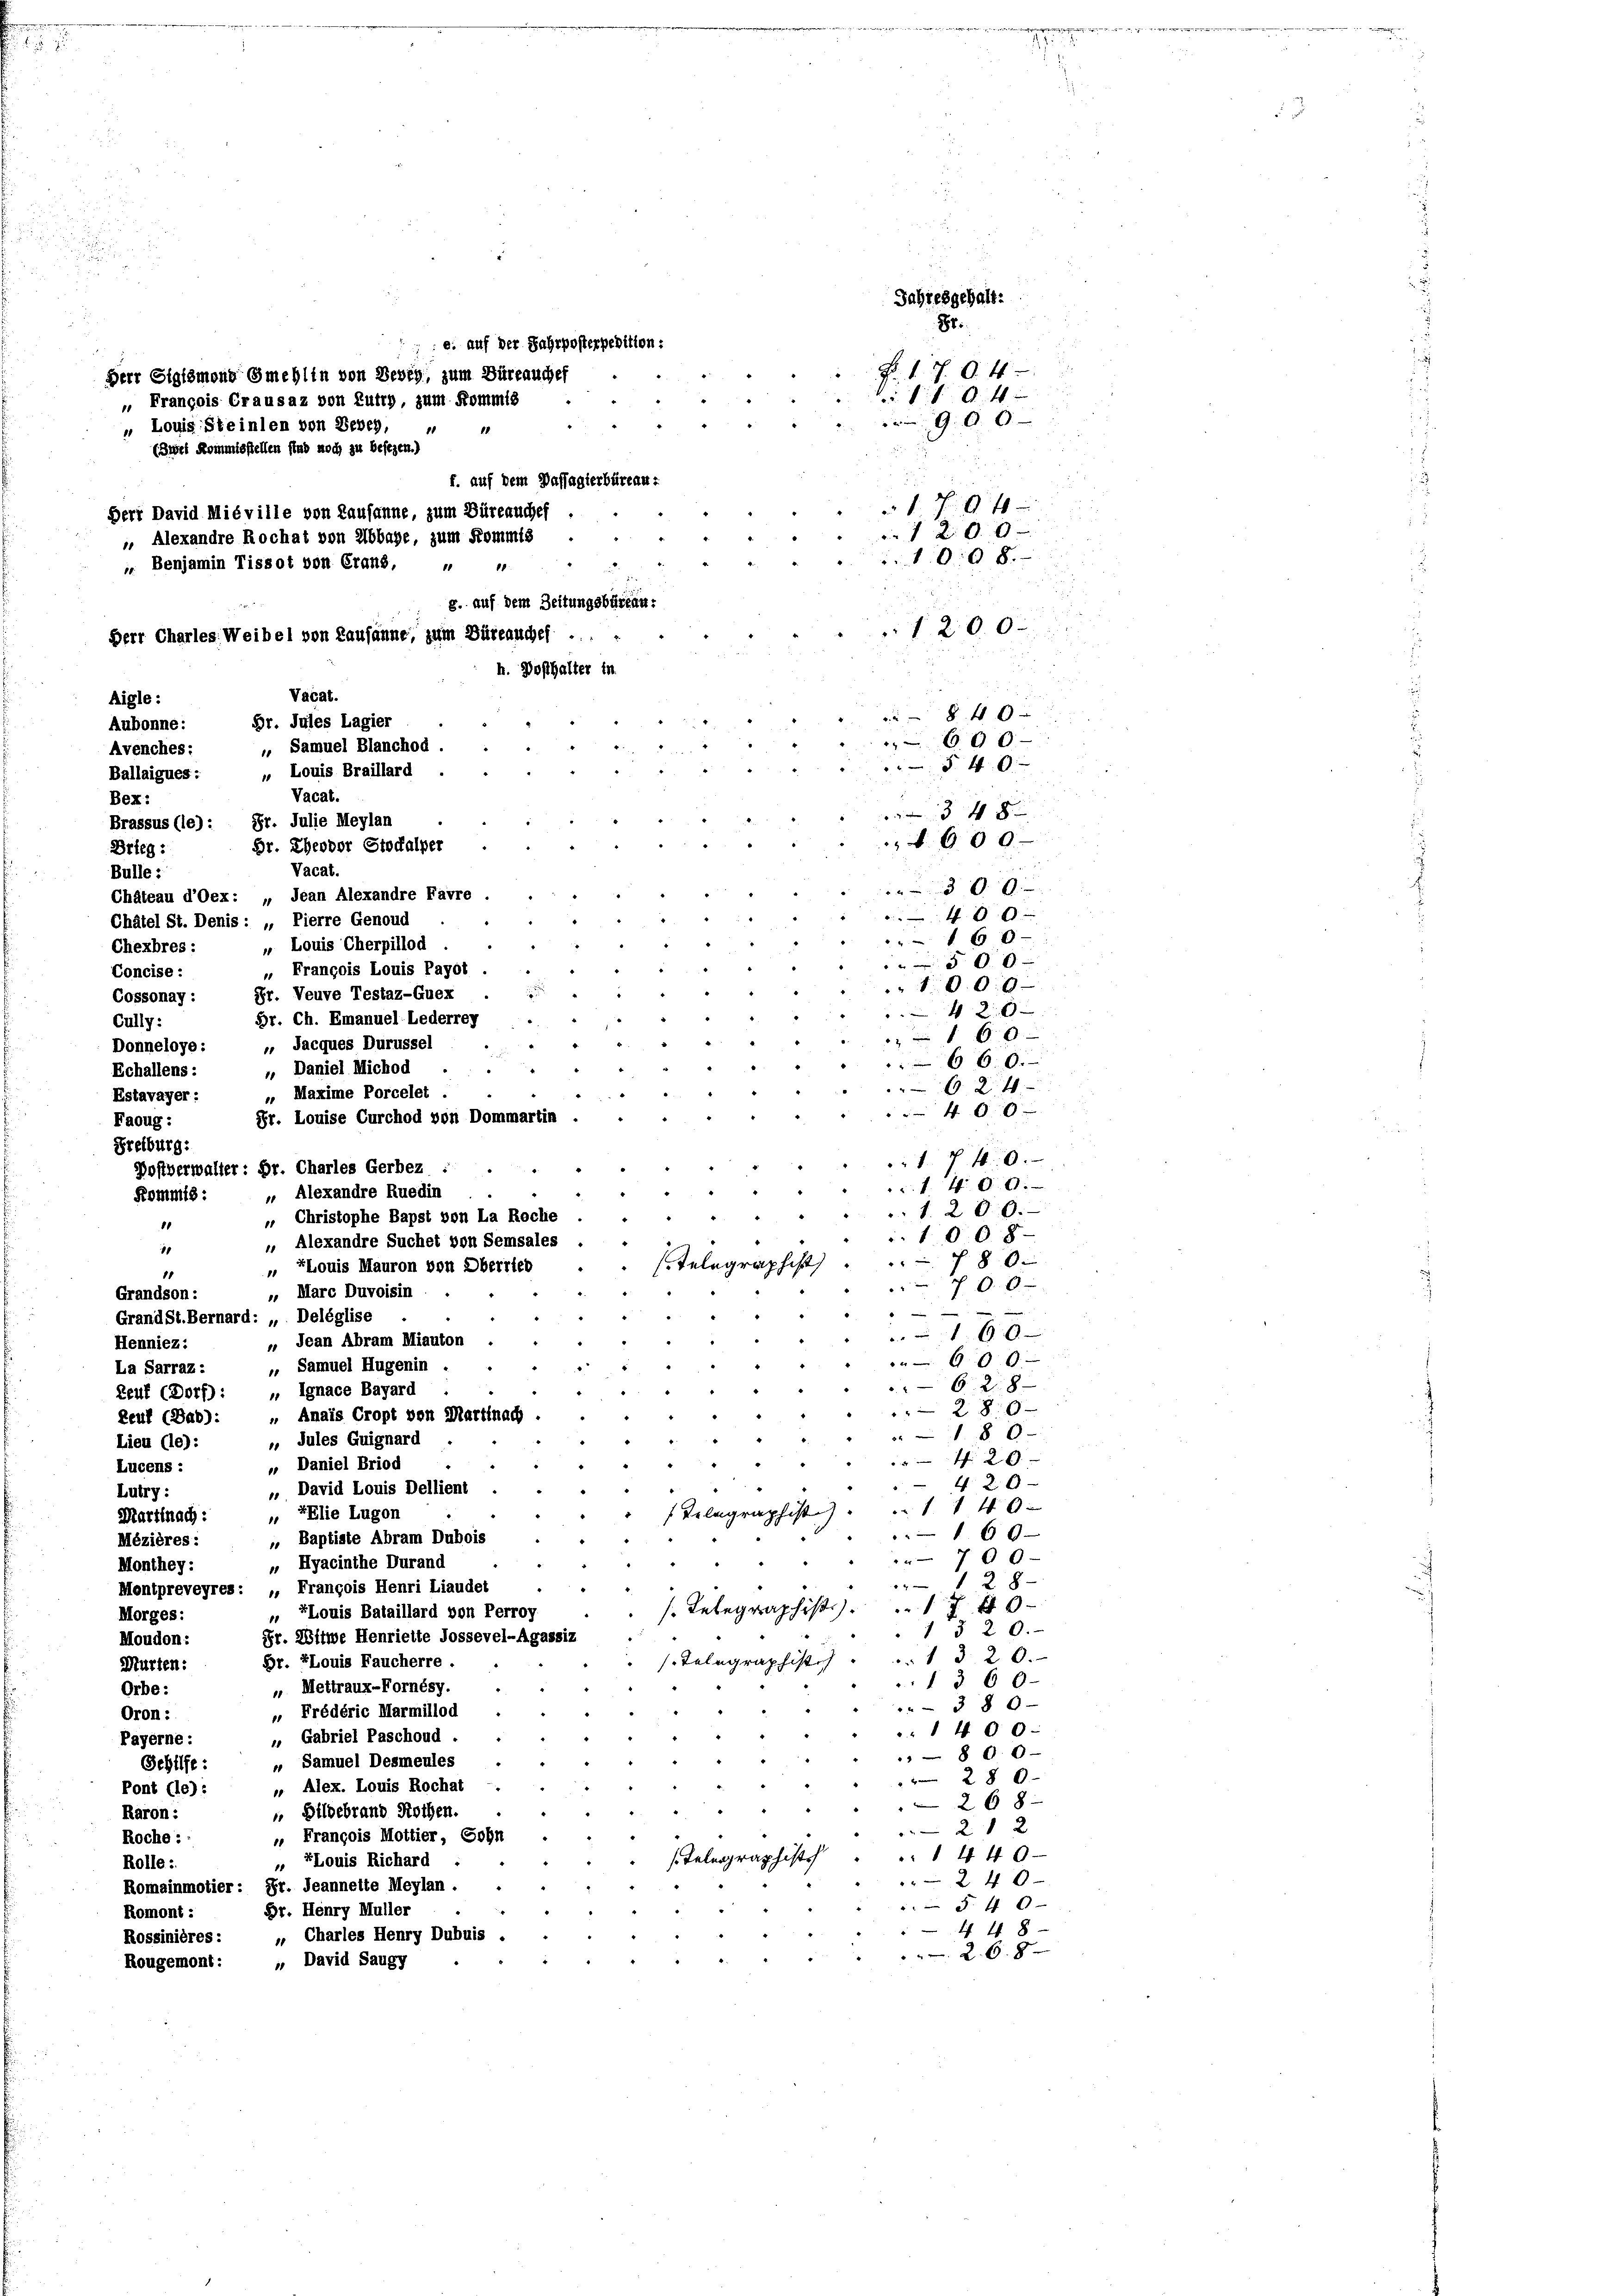
.

u
Jahresgehalt:
88:
 e. auf der Jahrposterpedition:
F. v. 7. d. 4.
Herr Sigismons Gmehlin von Bevey, zum Büreauchef
. Fs. A
 François Grausaz von Lutry zum Kommis
90.0
„ Louis Steinlen von Berey,
81
10
(Zwei Kommisstellen sind noch zu besezen.)
f. auf dem Wassagierbüreau.
1. 94
Herr David Miéville von Lausanne, zum Büreauchef
1 200
 Alexandre Rochat von Abbage, zum Kommis
1008.
 Benjamin Tissot von Grand, " "
g. auf dem Zeitungsbureau.
1200.
Herr Charles. Weibel von Lausanne, zum Büreauchef .
h. Dosthalter in
Vacat.
Aigle :
84 x
Br. Jules Lagier
Aubonne:
 600
Avenches: „Samuel Blanchod.
 46
Ballaigues: „ Louis Braillard
Vacat.
Bex:
4 x
Brassus (le): Dr. Julie Meylan
600
Br. Theodor Stockalper
Drieg :
Vacat.
Bulle:
300
Chateau d’Oex: „Jean Alexandre Favre
400
Châtel St. Denis: „Pierre Genoud
 1 60
„ Louis Cherpillod
Chexbres:
5 00
" François Louis Pagot
Concise:
10.00
Fr. Veuve Testaz-Guex
Cossonay :
42 x
Dr. Ch. Emanuel Lederrey
Cully:
 60
Donneloye: „ Jacques Durussel
660.
, Daniel Michod
Echallens:
624
„ Maxime Porcelet
Estavayer:
400
Fr. Louise Curchod von Dommartin
Faoug:

Freiburg:
1. 740.
1400.
 Alexandre Ruedin
1. 200.
1008
10
 80.
f
h
11
700
„ Marc Duvoisin
Grandson:

GrandSt.Bernard: „Deléglise
190
 Jean Abram Miauton
909
 Samuel Hugenin .
628
Reuf (Dorf): „ Ignace Bayard
 28 x
Reuf (Bab): „Anais Cropt von Martinach
180
x
„ Jules Guignard
Lieu (le):
4 20
„ Daniel Briod
Lucens:
420
 David Louis Dellient
Lutry:
1 f 40 x
„ SElie Lugon
Martinach:
160
„ Baptiste Abram Dubois
Mézières:
700.
„ Hyacinthe Durand
Monthey:
128-
Mentpreveyres: „François Henri Liaudet
17 f 0 x
„ Louis Bataillard von Perroy
Morges:
1 § 20.
Fr. Witwe Henrielte Jossevel-Agassis
Moudon:
.1320.
Gr. Louis Faucherre
Murten:
1 § 60
 Mettraux-Fornésy
Orbe:
380-
„ Frédéric Marmillod
Oron:
1400.
 Gabriel Paschoud.
Payerne:
8 00
Sehilfe: „Samuel Desmeules
28 x
 Alex. Louis Rochat
Pont (le):
268
 Bildebrand Rothen.
Raron :
2 x 2
 François Mottier, Sohn
Roche : :
1440
os
„ Louis Richard
Rolle:
240
Romainmotier: Fr. Jeannette Meylan.
§ 40
Br. Henry Müller
Romont :
4 48
„ Charles Henry Dubuis .
Rossinières:
268
3
„ David Saugy
Rougemont:

8

Henniez:
La Sarraz:

Postverwalter: Dr. Charles Gerbez
Kommis:

„ Christophe Bapst von La Roche
 Alexandre Suchet von Semsales
„ Louis Mauron von Oberried